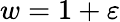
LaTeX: w=1+\varepsilon